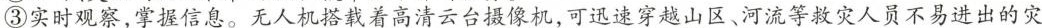
③实时观察，掌握信息。无人机搭载着高清云台摄像机，可迅速穿越山区、河流等救灾人员不易进出的灾